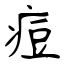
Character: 痘